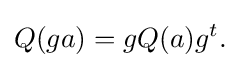
\displaystyle {Q(ga)=gQ(a)g^{t}.}